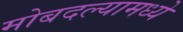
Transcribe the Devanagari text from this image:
मोबदल्यामध्ये